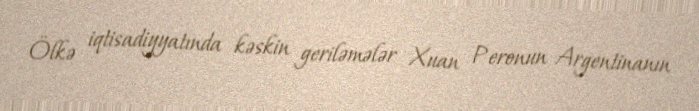
Ölkə iqtisadiyyatında kəskin geriləmələr Xuan Peronun Argentinanın